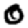
Digit: 0